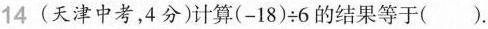
14(天津中考，4分)计算$$( - 1 8 ) ÷ 6$$的结果等于( )。